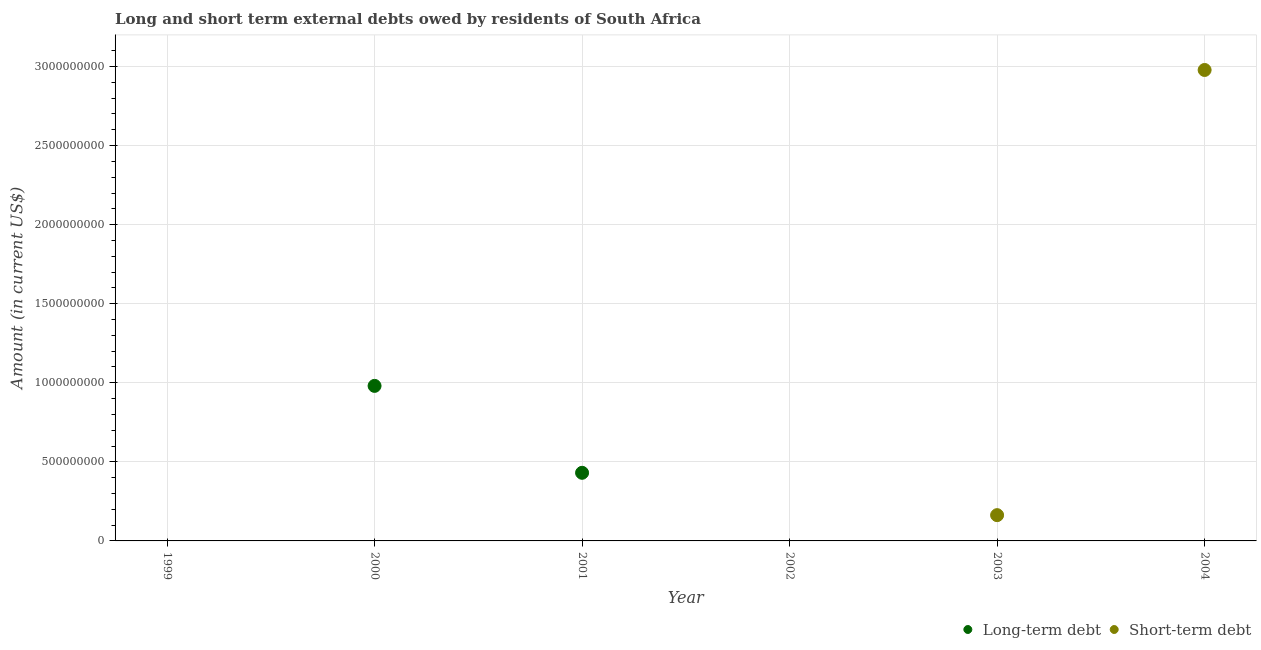
| Year | Long-term debt | Short-term debt |
 | --- | --- | --- |
 | 1999 | -1.11e+08 | -6.29e+08 |
 | 2000 | 9.8e+08 | -1.26e+09 |
 | 2001 | 4.31e+08 | -1.2e+09 |
 | 2002 | -1.15e+08 | -3.01e+08 |
 | 2003 | -1.46e+09 | 1.63e+08 |
 | 2004 | -2.72e+08 | 2.98e+09 |